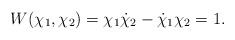
\begin{align*}W(\chi_1,\chi_2) = \chi_1\dot{\chi}_2-\dot{\chi}_1\chi_2 = 1. \end{align*}